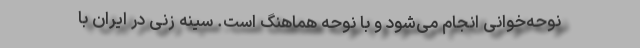
نوحه‌خوانی انجام می‌شود و با نوحه هماهنگ است. سینه زنی در ایران با